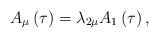
\begin{align*}A_\mu \left( \tau \right) =\lambda _{2\mu }A_1\left( \tau \right) ,\end{align*}